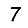
Digit: 7